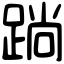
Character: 䠀